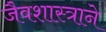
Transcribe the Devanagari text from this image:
जैवशास्त्राने